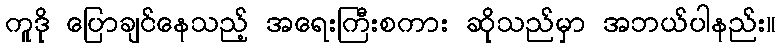
ကူဒို ပြောချင်နေသည့် အရေးကြီးစကား ဆိုသည်မှာ အဘယ်ပါနည်း။